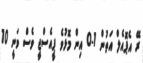
ރޭ އެޕޮއެލް އަތުން 1-0 އިން މޮޅުވެ ޕީއެސްޖީ ވެސް ވަނީ 10